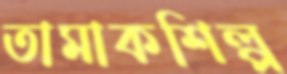
তামাকশিল্প